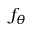
f _ { \theta }